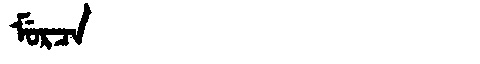
Manchu: ᠮᡠᡵᠴᠠ
Romanization: MURCA